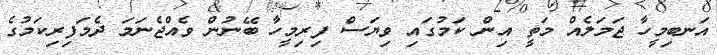
އަނބިމީހާ ޖަމަލެއް މަތީ އިން ކަމުގައި ވިޔަސް ފިރިމީހާ ބޭނުން ވެއްޖެނަމަ ދެމަފިރިކަމުގެ